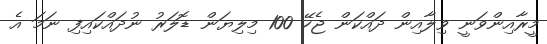
މީރާއިންވަނީ ވިލާއިން ދައްކަން ޖެހޭ 100 މިލިޔަން ޑޮލަރު ނުދައްކައިފި ނަމަ އެ